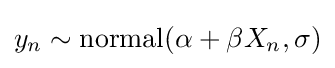
y_{n}\sim {\text{normal}}(\alpha +\beta X_{n},\sigma )